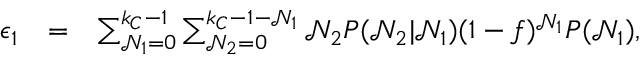
\begin{array} { r l r } { \epsilon _ { 1 } } & { = } & { \sum _ { \mathcal { N } _ { 1 } = 0 } ^ { k _ { C } - 1 } \sum _ { \mathcal { N } _ { 2 } = 0 } ^ { k _ { C } - 1 - \mathcal { N } _ { 1 } } \mathcal { N } _ { 2 } P ( \mathcal { N } _ { 2 } | \mathcal { N } _ { 1 } ) ( 1 - f ) ^ { \mathcal { N } _ { 1 } } P ( \mathcal { N } _ { 1 } ) , } \end{array}